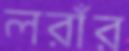
লরাঁর